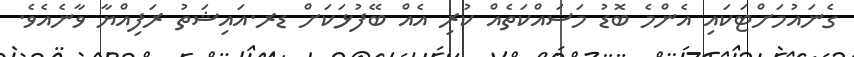
ގެނައުމަށްޓަކައި އެންމެ ބޮޑު މަސައްކަތެއް ކުރި އެއް ބޭފުޅަކަށް ޑރ.އައިޝަތު ރަފިއްޔާ ވާނެއެވެ.